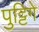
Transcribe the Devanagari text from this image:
पुट्टिगे